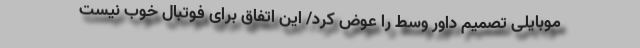
موبایلی تصمیم داور وسط را عوض کرد/ این اتفاق برای فوتبال خوب نیست